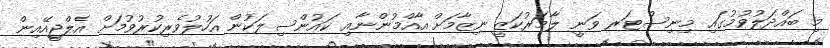
މި ބައްދަލުވުމުގައި މިނިސްޓަރ ވަނީ ލާމަރުކަޒީ ނިޒާމަށް އާއްމުންނާއި ކައުންސިލަކުން އަހުލުވެރިކުރުވުމަށް އެލްޖީއޭއިން